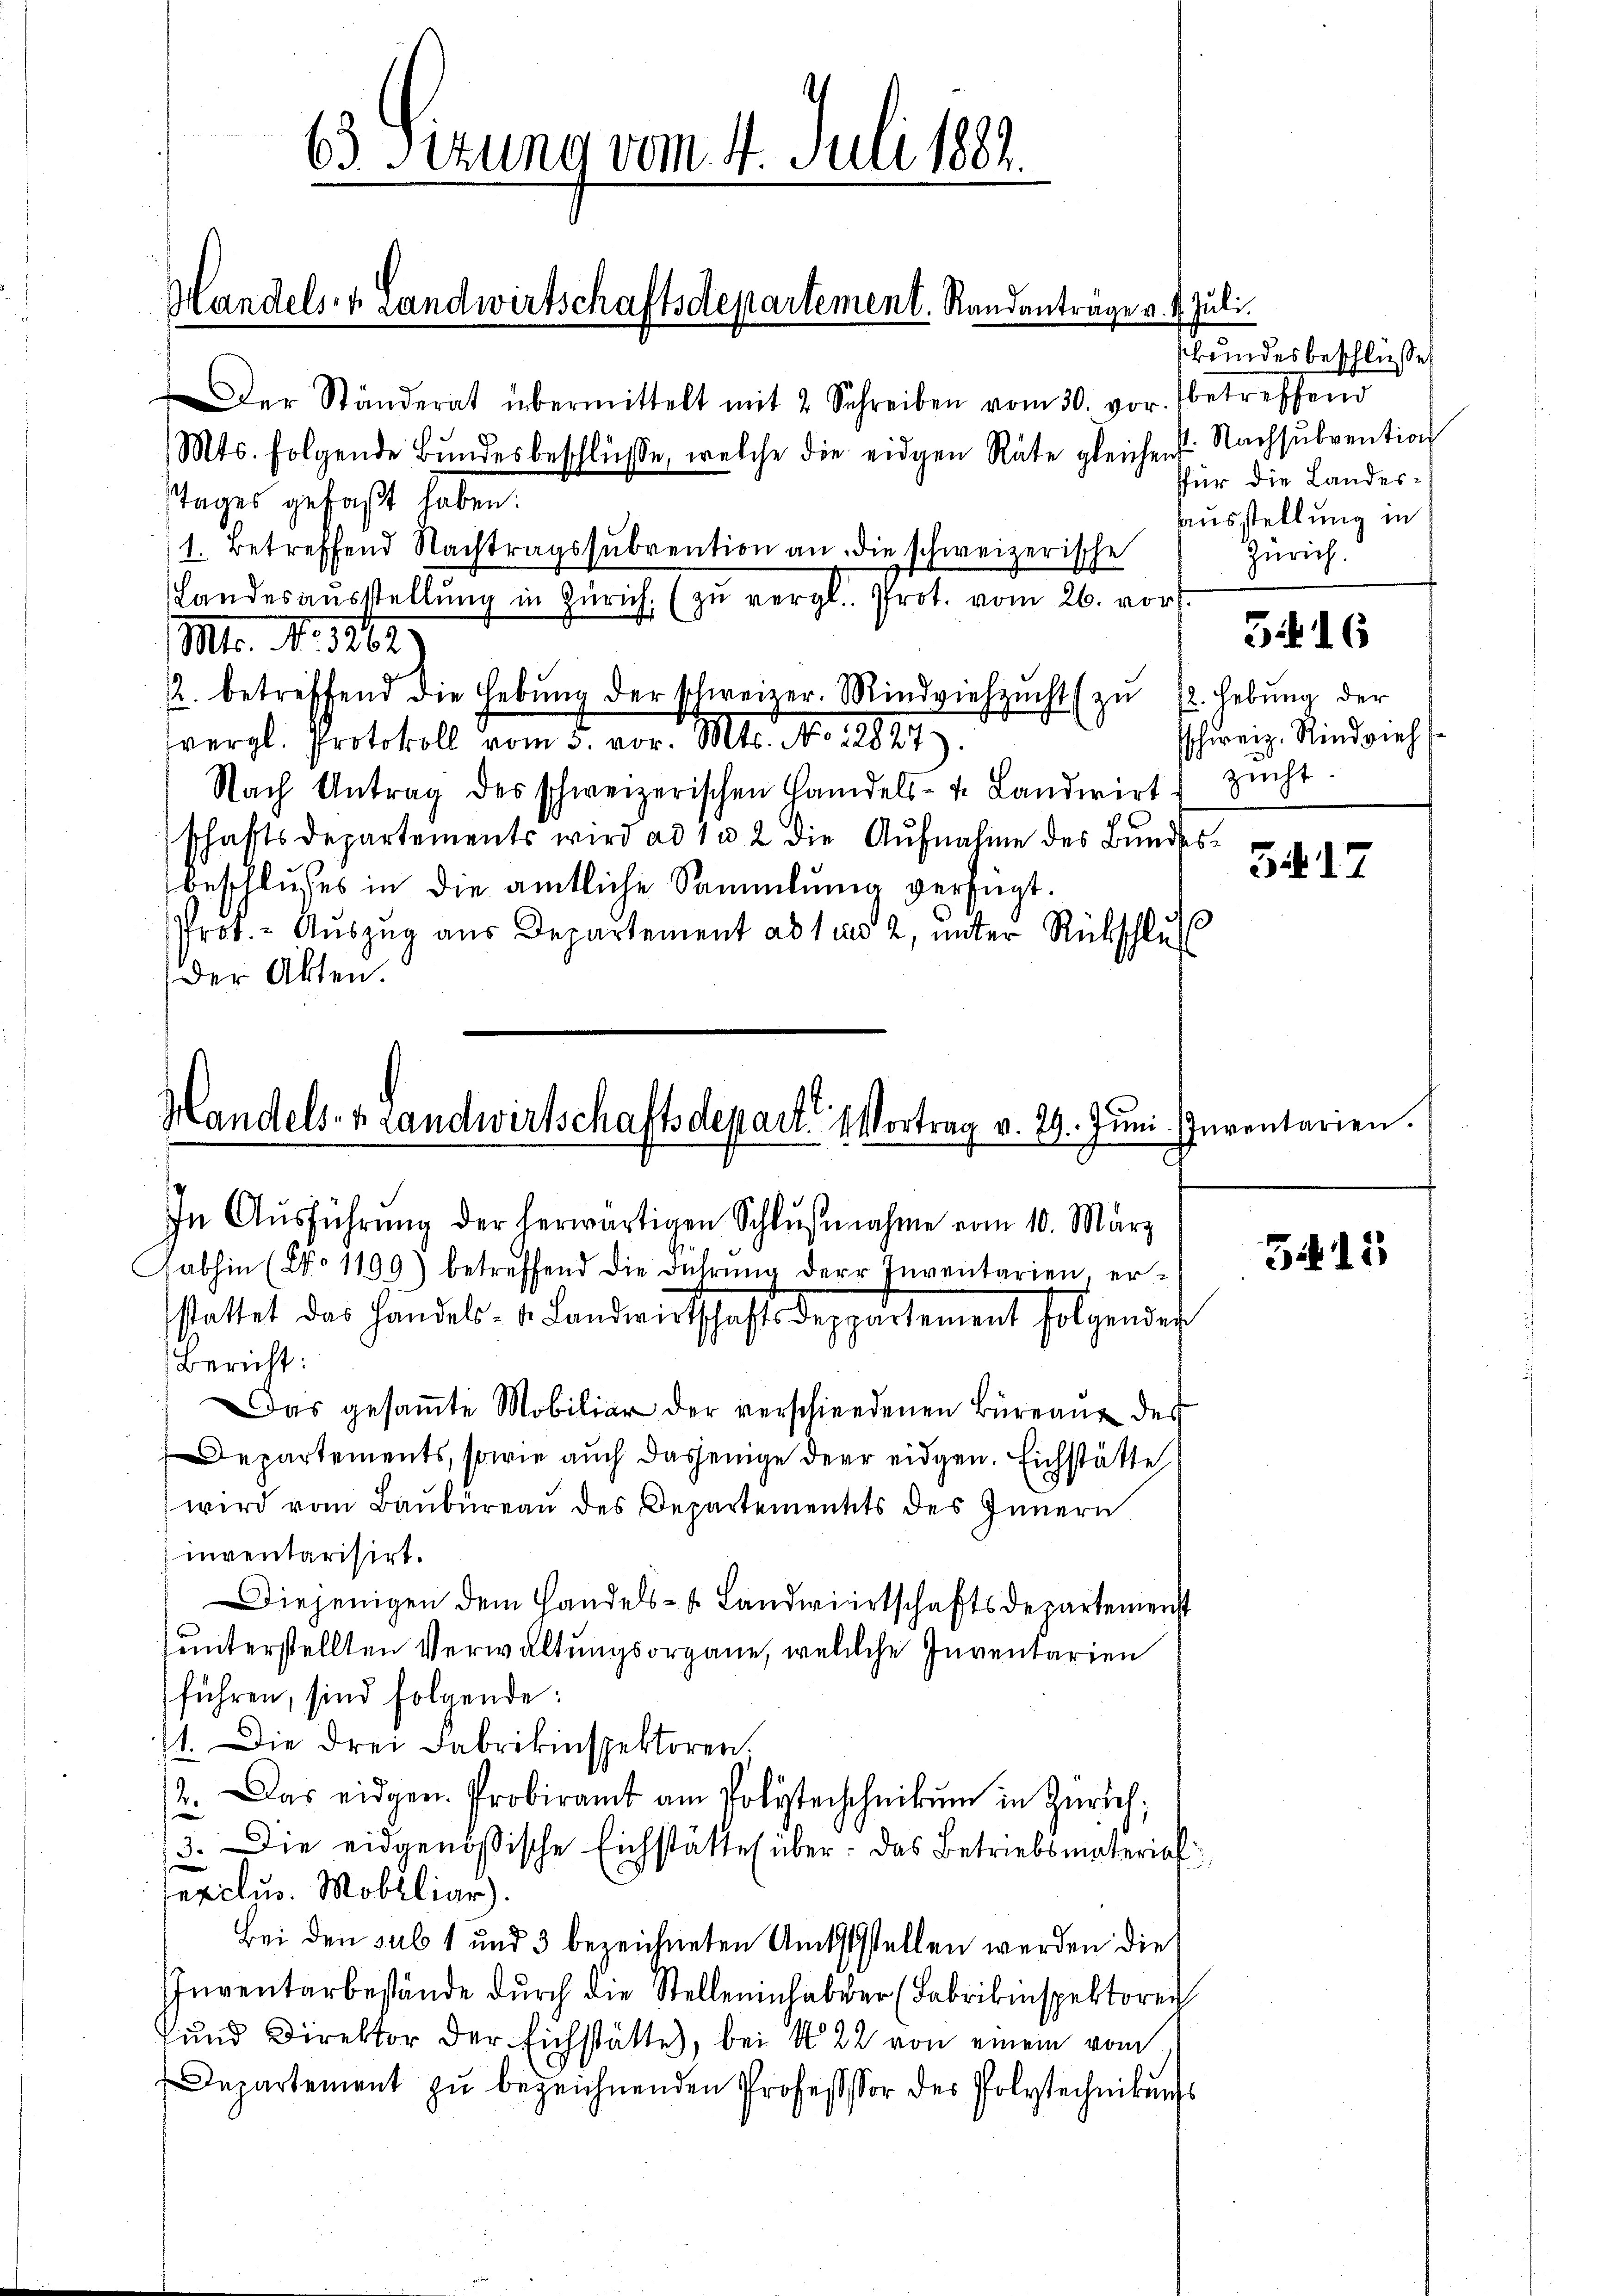
s
03. Sizung vom 4. Juli 1882.

Handels- & Landwirtschaftsdepartement. Randanträge v. 4. Juli.

Tages gefaßt haben.
1. Betreffend Nachtragssŭbvention an die schweizerische
Landesausstellung in Zürich. (zu vergl. Prot. vom 26. vor
Mt. No. 1862
2. betreffend die Hebŭng der schweizer. Mindviehzŭcht (zŭ 12. Hebŭng der
vergl. Protokoll vom 3. vor. Mts. No. 18827).
Nach Antrag des schweizerischen Handels- u. Landwirt zŭcht.
schaftsdepartements wird ad 1 a 2 die Aŭfnahme des Bŭndes-
beschlusses in die amtliche Sammlung verfügt.
Prof. - Auszug aus Departement ab sind 2, unter Rückschlŭ
der Akten.

Handels- & Landwirtschaftsdepart. Vortrag v. 29. Jŭni Inventarien.

Der Ständerat übermittelt mit 2 Schreiben vom 30. vor. betreffend
Mts. folgende Bŭndesbeschlüsse, welche die eidgen Räte gleichen Nachsŭbvention

In Aŭsführŭng der herwärtigen Schlŭβnahme vom 10. März
habhin (No 1199) betreffend die Führung der Inventarien, erstattet das Handels- 1. Landwirtschafts deppartement folgendes
Bericht:
Das gesaṁte Mobiliar der verschiedenen Büreaŭ des
Departements, sowie auch dasjenige der eidgen. Eichstätte
wird vom Baŭbüreaŭ des Departementets des Innern
inventarisirt.
Diejenigen dem Handels- & Landwirtschaftsdepartemenst
einterstellten Verwaltungsorgane, welche Inventarien
führen, sind folgende:
/1. Die drei Fabrikinspektoren.
2. Das eidgen. Probiramt am Volaterschnikum in Zürich;
3. Die eidgenössische Eichstätte über: das Betriebsmaterial
exclus. Mobiliar).
Bei den sub 1 und 3 bezeichneten Amtsstellen werden die
Inventarbestände durch die Stelleninhaber (Fabrikinspektore
und Direktor der Eichstätte, bei No 22 von einem vom
Departement zu bezeichnenden Professor des Polytechnikungs

kundesbeschlüsse
ffür die Landes-
Ausstellung in
Zürich.

schweiz. Rindvieh

5416

5412

Zif. 12